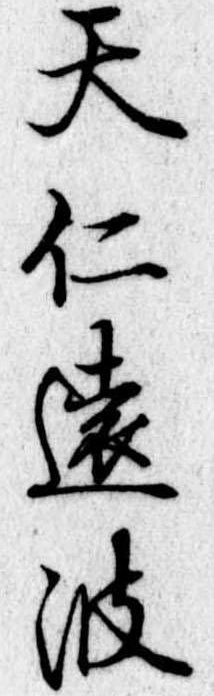
天仁遠波